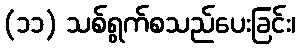
(၁၁) သစ်ရွက်စသည်ပေးခြင်း၊